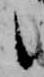
候